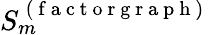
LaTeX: S_{m}^{\mathrm{~(~f~a~c~t~o~r~g~r~a~p~h~)~}}